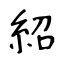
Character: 紹